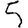
Digit: 5